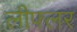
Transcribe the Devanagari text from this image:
लीफ्लर